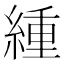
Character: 緟